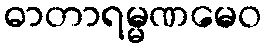
ဓာတာရမ္မဏမေဝ